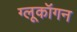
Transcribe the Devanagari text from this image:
ग्लूकॉगन